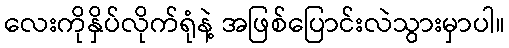
လေးကိုနှိပ်လိုက်ရုံနဲ့ အဖြစ်ပြောင်းလဲသွားမှာပါ။